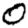
Digit: 0